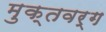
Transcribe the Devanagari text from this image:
मुक्तवर्ग